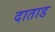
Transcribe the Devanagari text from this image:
दाताड